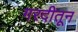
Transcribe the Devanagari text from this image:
गरदीतून